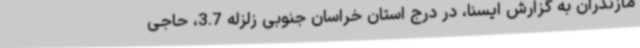
مازندران به گزارش ایسنا، در درج استان خراسان جنوبی زلزله 3.7، حاجی